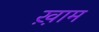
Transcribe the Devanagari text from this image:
ख़़ाम